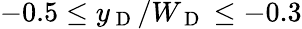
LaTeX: -0.5\leq y_{\mathrm{~D~}}/W_{\mathrm{~D~}}\leq-0.3